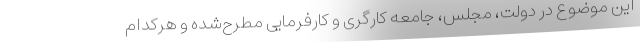
این موضوع در دولت، مجلس، جامعه کارگری و کارفرمایی مطرح‌شده و هرکدام